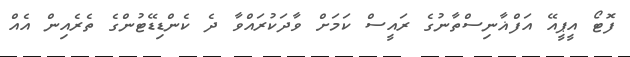
ފޮޓޯ އީޕީއޭ އަފްޣާނިސްތާނުގެ ރައީސް ކަމަށް ވާދަކުރައްވާ ދެ ކެންޑިޑޭޓުންގެ ތެރެއިން އެއް